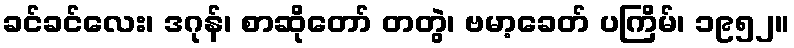
ခင်ခင်လေး၊ ဒဂုန်၊ စာဆိုတော် တတွဲ၊ ဗမာ့ခေတ် ပကြိမ်၊ ၁၉၅၂။